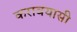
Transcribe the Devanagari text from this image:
करावयासी